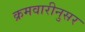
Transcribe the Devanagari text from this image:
क्रमवारीनुसर